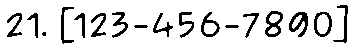
21. [123-456-7890]